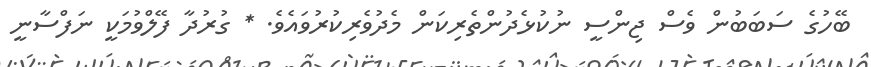
ބޭހުގެ ސަބަބުން ވެސް ޖިންސީ ނުކުޅެދުންތެރިކަން މެދުވެރިކުރުވައެވެ. * ގުރުދާ ފޭލްވުމަކީ ނަފްސާނީ